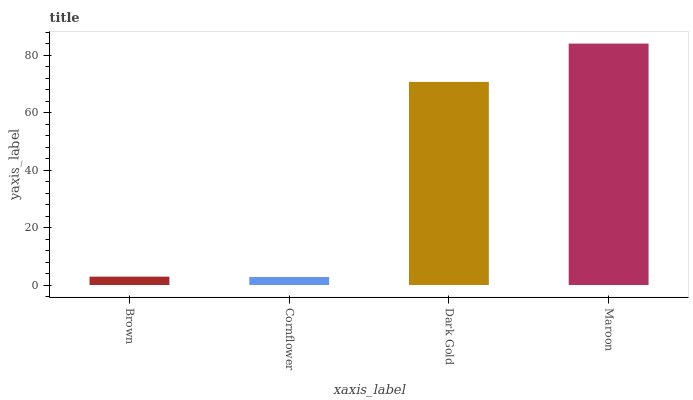
| xaxis_label | bars |
 | --- | --- |
 | Brown | 2.91 |
 | Cornflower | 2.8 |
 | Dark Gold | 70.7 |
 | Maroon | 84 |